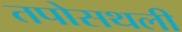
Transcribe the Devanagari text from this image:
तपोसथली